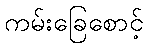
ကမ်းခြေစောင့်